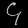
Digit: ၄